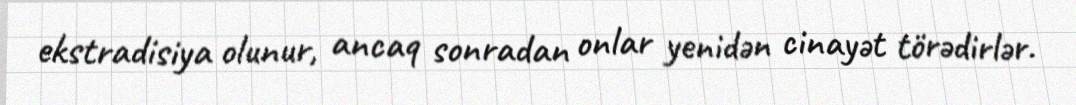
ekstradisiya olunur, ancaq sonradan onlar yenidən cinayət törədirlər.